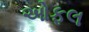
ઓફલ